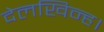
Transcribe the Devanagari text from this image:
देलखिन्ह।